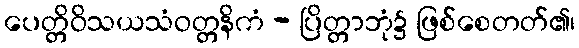
ပေတ္တိဝိသယသံဝတ္တနိကံ - ပြိတ္တာဘုံ၌ ဖြစ်စေတတ်၏၊